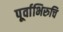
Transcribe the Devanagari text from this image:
पूर्वाभिरुचि